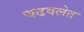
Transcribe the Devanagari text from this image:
चढवलेत